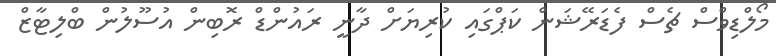
މޯލްޑިވްސް ޗެސް ފެޑަރޭޝަން ކަޕްގައި ކުރިޔަށް ދާނީ ރައުންޑް ރޮބިން އުސޫލުން ބްލިޓާޒް